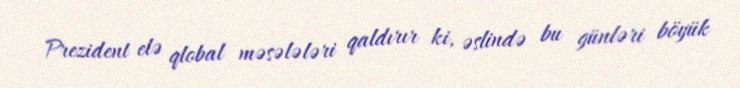
Prezident elə qlobal məsələləri qaldırır ki, əslində bu günləri böyük